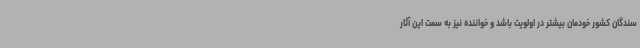
سندگان کشور خودمان بیشتر در اولویت باشد و خواننده نیز به سمت این آثار